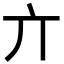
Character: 亣